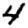
Digit: 4